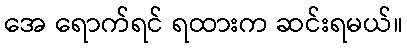
အေ ရောက်ရင် ရထားက ဆင်းရမယ်။